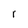
Character: r